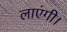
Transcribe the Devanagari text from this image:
लाएंगी।